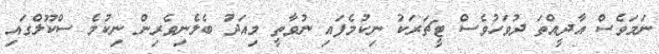
ނަމަވެސް އާދީއްތަ ދުވަހުވެސް ޓީޗަރަކު ނިކުމެފައި ނުވާތީ މިއަދު ބެލެނިވެރިން ނިކުމެ ސްކޫލްގައި